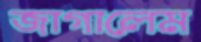
জাগালেম